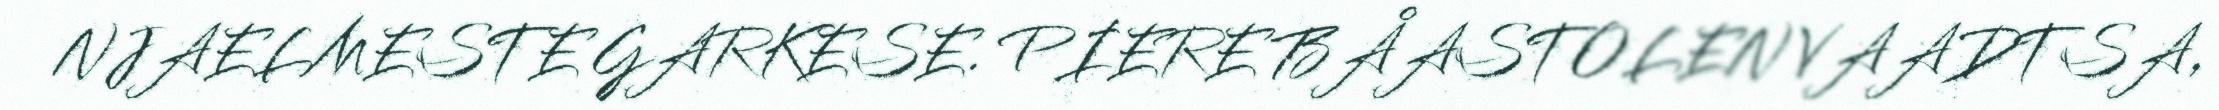
NJAELMESTE GARKESE. PIERE BÅASTOLEN VAADTSA,